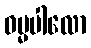
ဓမ္မပါလော